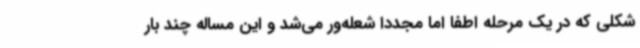
شکلی که در یک مرحله اطفا اما مجددا شعله‌ور می‌شد و این مساله چند بار